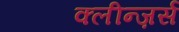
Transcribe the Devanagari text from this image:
क्लीन्ज़र्स